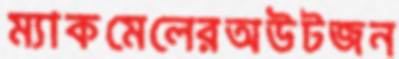
ম্যাকমেলেরঅউটজন